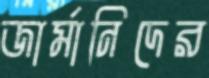
জার্মানিদের